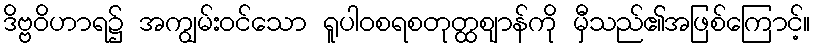
ဒိဗ္ဗဝိဟာရ၌ အကျွမ်းဝင်သော ရူပါဝစရစတုတ္ထဈာန်ကို မှီသည်၏အဖြစ်ကြောင့်။